Madras marine plague regulations
Disease focus: Plague
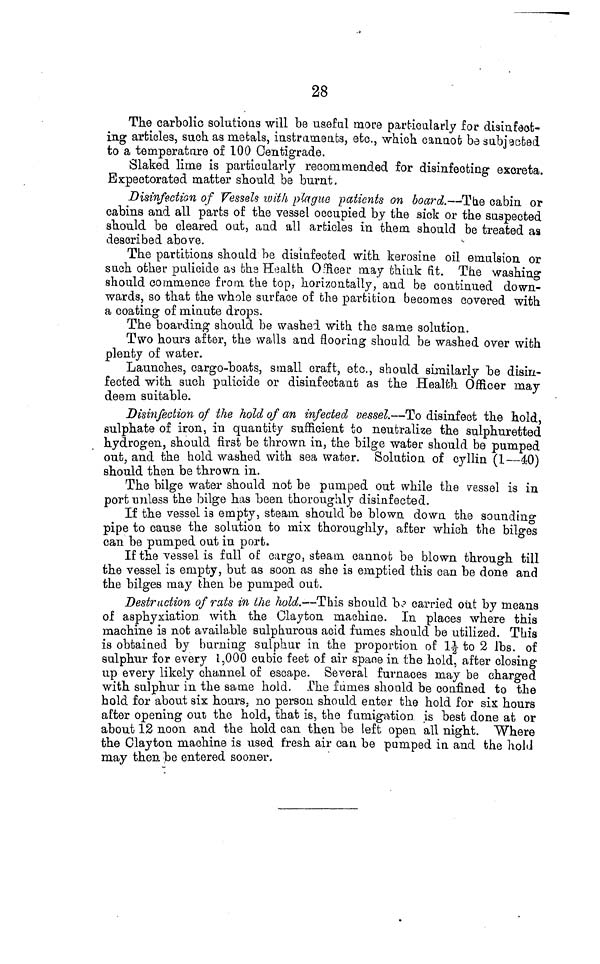
28
The carbolic solutions will be useful more particularly for disinfect-
ing articles, such as metals, instruments, etc., which cannot be subjected
to a temperature of 100 Centigrade.
Slaked lime is particularly recommended for disinfecting excreta.
Expectorated matter should be burnt.
Disinfection of Vessels with plague patients on board.—The cabin or
cabins and all parts of the vessel occupied by the sick or the suspected
should be cleared out, and all articles in them should be treated as
described above.
The partitions should be disinfected with kerosine oil emulsion or
such other pulicide as the Health Officer may think fit. The washing
should commence from the top, horizontally, and be continued down-
wards, so that the whole surface of the partition becomes covered with
a coating of minute drops.
The boarding should be washed with the same solution.
Two hours after, the walls and flooring should be washed over with
plenty of water.
Launches, cargo-boats, small craft, etc., should similarly be disin-
fected with such pulicide or disinfectant as the Health Officer may
deem suitable.
Disinfection of the hold of an infected vessel.—To disinfect the hold
sulphate of iron, in quantity sufficient to neutralize the sulphuretted
hydrogen, should first be thrown in, the bilge water should be pumped
out, and the hold washed with sea water. Solution of cyllin (1 40)
should then be thrown in.
The bilge water should not be pumped out while the vessel is in
port unless the bilge has been thoroughly disinfected.
If the vessel is empty, steam should be blown down the sounding
pipe to cause the solution to mix thoroughly, after which the bilges
can be pumped out in port.
If the vessel is full of cargo, steam cannot be blown through till
the vessel is empty, but as soon as she is emptied this can be done and
the bilges may then be pumped out.
Destruction of rats in the hold.—This should be carried out by means
of asphyxiation with the Clayton machine. In places where this
machine is not available sulphurous acid fumes should be utilized. This
is obtained by burning sulphur in the proportion of 1 1/2 to 2 Ibs, of
sulphur for every 1,000 cubic feet of air space in the hold, after closing
up every likely channel of escape. Several furnaces may be charged
with sulphur in the same hold. The fumes should be confined to the
hold for about six hours, no person should enter the hold for six hours
after opening out the hold, that is, the fumigation is best done at or
about 12 noon and the hold can then be left open all night. Where
the Clayton machine is used fresh air can be pumped in and the hold
may then be entered sooner.